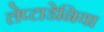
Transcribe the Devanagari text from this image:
लेप्टाडेनिया